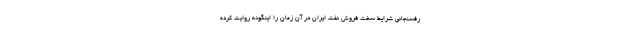
رفسنجانی شرایط سخت فروش نفت ایران در آن زمان را اینگونه روایت کرده